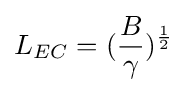
L_{EC}=({\frac {B}{\gamma }})^{\frac {1}{2}}